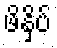
ဖိနှိပ်